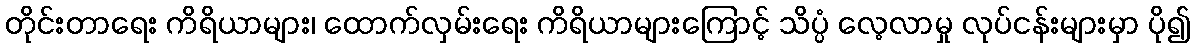
တိုင်းတာရေး ကိရိယာများ၊ ထောက်လှမ်းရေး ကိရိယာများကြောင့် သိပ္ပံ လေ့လာမှု လုပ်ငန်းများမှာ ပို၍